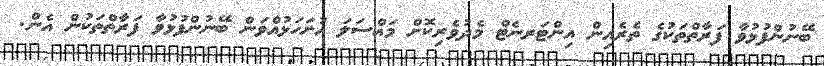
ބޭނުންފުޅުވާ ފަރާތްތަކުގެ ތެރެއިން އިންޓަރނެޓް މެދުވެރިކޮށް މައްސަލަ ހުށަހަޅުއްވަން ބޭނުންފުޅުވާ ފަރާތްތަކުން އެން.